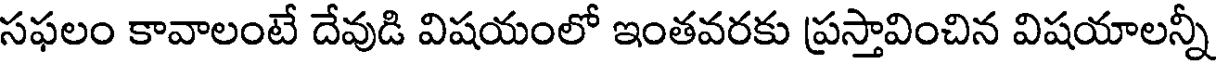
సఫలం కావాలంటే దేవుడి విషయంలో ఇంతవరకు ప్రస్తావించిన విషయాలన్నీ